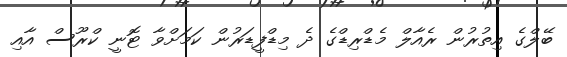
ބޭލްގެ އިތުރުން ރެއާލް މެޑްރިޑްގެ ދެ މިޑްފީޑަރުން ކަމަށްވާ ޓޮނީ ކްރޫސް އާއި